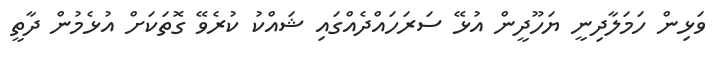
ވަޅިން ހަމަލާދިނީ ޔަހޫދީން އުޅޭ ސަރަހައްދެއްގައި ޝައްކު ކުރެވޭ ގޮތަކަށް އުޅެމުން ދާތީ